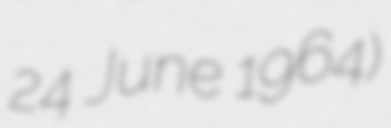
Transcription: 24 June 1964)